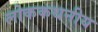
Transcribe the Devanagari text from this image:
लोककथनीय